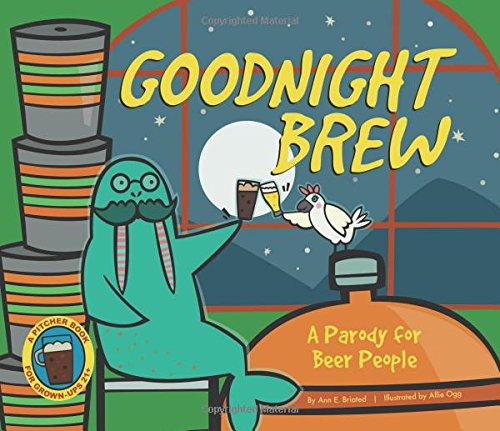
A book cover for Goodnight Brew: A Parody for Beer People; Karla Oceanak; Humor & Entertainment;